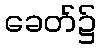
ခေတ်၌